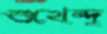
শুখেন্দু